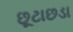
છૂટાછડા